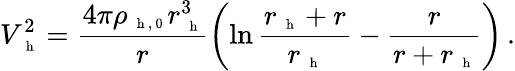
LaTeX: V_{\mathrm{~\scriptsize~h~}}^{2}=\frac{4\pi\rho_{\mathrm{~\scriptsize~h~,~0~}}r_{\mathrm{~\scriptsize~h~}}^{3}}{r}\left(\ln\frac{r_{\mathrm{~\scriptsize~h~}}+r}{r_{\mathrm{~\scriptsize~h~}}}-\frac{r}{r+r_{\mathrm{~\scriptsize~h~}}}\right)\, .